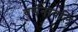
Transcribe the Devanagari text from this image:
वर्णनावलि